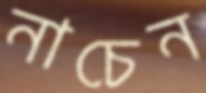
নাচেন